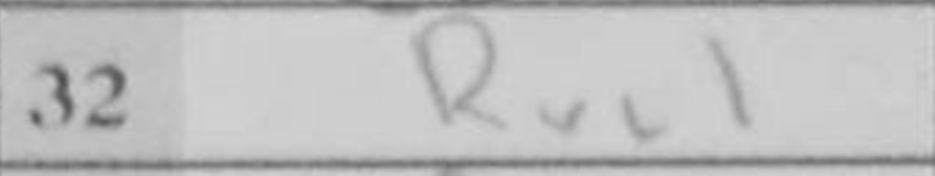
Transcription: Rxc1